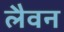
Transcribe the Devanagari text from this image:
लैवन